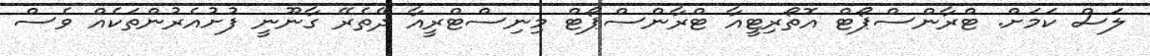
ލަސް ކަމަށް. ޓްރާންސްޕޯޓް އޮތޯރިޓީއާ ޓްރާންސްޕޯޓް މިނިސްޓްރީއާ ދޭތެރޭ ގާނޫނީ ފުށުއެރުންތަކެއް ވެސް